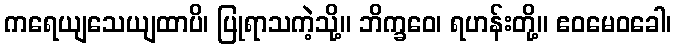
ကရေယျသေယျထာပိ၊ ပြုရာသကဲ့သို့။ ဘိက္ခဝေ၊ ရဟန်းတို့။ ဧဝမေဝခေါ၊